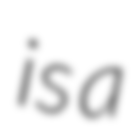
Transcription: is a